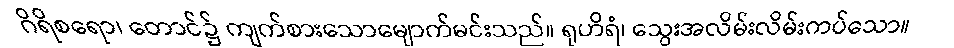
ဂိရိစရော၊ တောင်၌ ကျက်စားသောမျောက်မင်းသည်။ ရုဟိရံ၊ သွေးအလိမ်းလိမ်းကပ်သော။